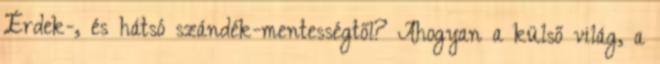
Érdek-, és hátsó szándék-mentességtől? Ahogyan a külső világ, a